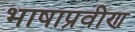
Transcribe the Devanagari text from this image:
भाषाप्रवीण